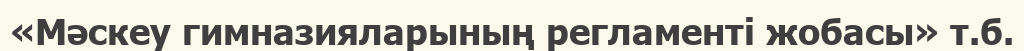
«Мәскеу гимназияларының регламенті жобасы» т.б.